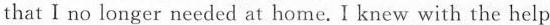
that I no longer needed at home. I knew with the help